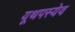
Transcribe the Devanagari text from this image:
यूथपस्येव